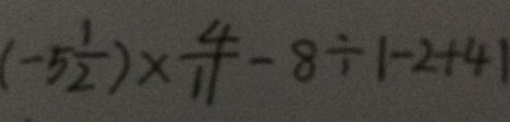
( - 5 \frac { 1 } { 2 } ) \times \frac { 4 } { 1 1 } - 8 \div \vert - 2 + 4 \vert